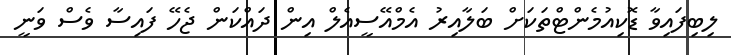
ލިބިފައިވާ ޑޮކިއުމެންޓްތަކަށް ބަލާއިރު އެމްއޭސީއެލް އިން ދައްކަން ޖެހޭ ފައިސާ ވެސް ވަނީ